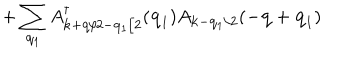
+ \sum _ { { \bf { q } } _ { 1 } } A _ { { \bf { k } } + { \bf { q } } / 2 - { \bf { q } } _ { 1 } / 2 } ^ { \dagger } ( { \bf { q } } _ { 1 } ) A _ { { \bf { k } } - { \bf { q } } _ { 1 } / 2 } ( - { \bf { q } } + { \bf { q } } _ { 1 } )